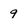
Character: 9